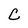
Character: C